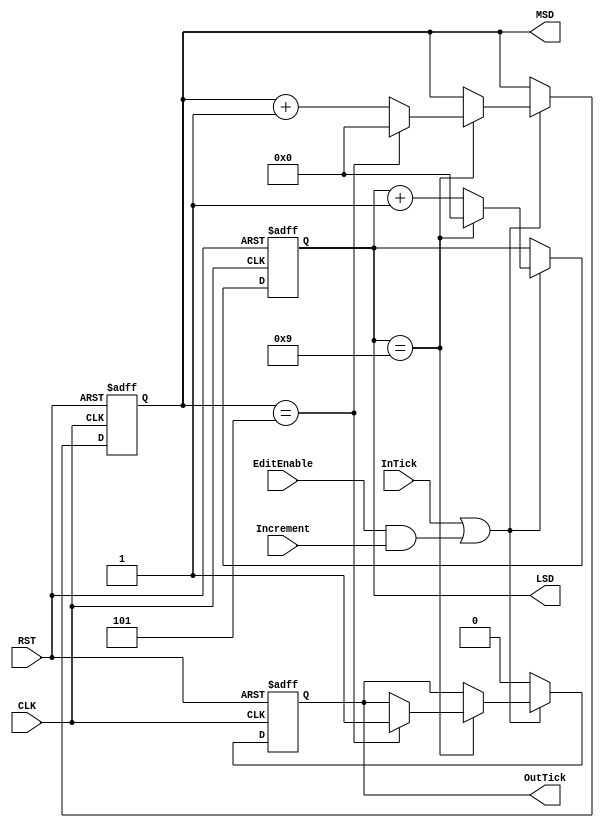
/*	SecondsMinutesDigits.v - Edited
	Module for behavior of minutes and seconds counters.
	
	Copyright 2017 Patrick Cland */
`timescale 1ns/1ps
module SecondsMinutesDigits(CLK, RST, InTick, EditEnable, Increment, OutTick, MSD, LSD);
	input CLK;
	input RST;
	input InTick;
	input EditEnable;
	input Increment;
	output reg OutTick;
	output reg[3:0] MSD;
	output reg[3:0] LSD;
	
	always @ (posedge CLK or posedge RST) begin
		if(RST) begin
			OutTick <= 1'b0;
			MSD <= 4'b0000;
			LSD <= 4'b0000;
		end else if(InTick || (EditEnable && Increment)) begin
			LSD <= LSD + 1'b1;
			//When LSD reaches 10, set to 0 and increment MSD
			if(LSD == 4'b1001) begin
				LSD <= 4'b0000;
				MSD <= MSD + 1'b1;
				//When MSD reaches 6, 60 seconds have passed. Reset everything to 0 and output a minute tick
				if(MSD == 4'b0101) begin
					LSD <= 4'b0000;
					MSD <= 4'b0000;
					OutTick <= 1'b1;
				end
			end
		end else begin
			OutTick <= 1'b0;
		end
	end
endmodule